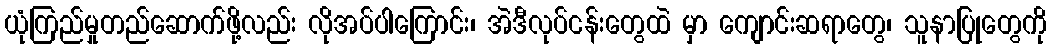
ယုံကြည်မှုတည်ဆောက်ဖို့လည်း လိုအပ်ပါကြောင်း၊ အဲဒီလုပ်ငန်းတွေထဲ မှာ ကျောင်းဆရာတွေ၊ သူနာပြုတွေကို